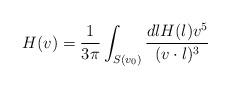
LaTeX: \begin{align*}H(v)={1\over 3\pi}\int_{S(v_0)} {dl H(l) v^5\over (v\cdot l)^3}\end{align*}